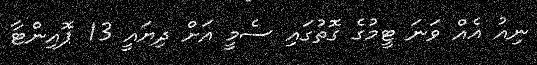
ނިއު އެއް ވަނަ ޓީމުގެ ގޮތުގައި ސެމީ އަށް ދިޔައީ 13 ޕޮއިންޓާ